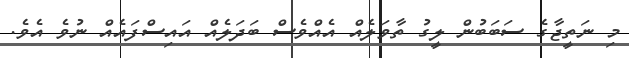
މި ނަތީޖާގެ ސަބަބުން ލީގު ތާވަލެއް އެއްވެސް ބަދަލެއް އައިސްފައެއް ނުވެ އެވެ.